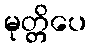
မုတ္တိပေ